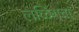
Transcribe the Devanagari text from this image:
लळिंगचा